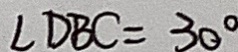
\angle D B C = 3 0 ^ { \circ }